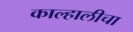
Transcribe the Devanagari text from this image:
काल्हालीचा